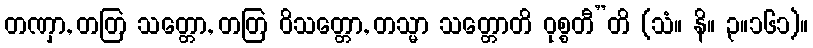
တဏှာ, တတြ သတ္တော, တတြ ဝိသတ္တော, တသ္မာ သတ္တောတိ ဝုစ္စတီ”တိ (သံ။ နိ။ ၃။၁၆၁)။